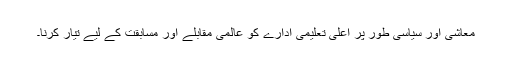
معاشی اور سیاسی طور پر اعلیٰ تعلیمی ادارے کو عالمی مقابلے اور مسابقت کے لیے تیار کرنا۔